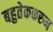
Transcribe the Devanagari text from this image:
बहुतेककरुन